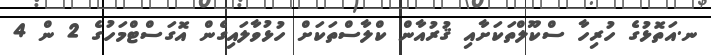
ނ.އަތޮޅުގެ ހުރިހާ ސްކޫލްތަކަށާއި ޤުރުއާން ކްލާސްތަކަށް ހުޅުވާލައިގެން އޮގަސްޓްމަހުގެ 2 ން 4